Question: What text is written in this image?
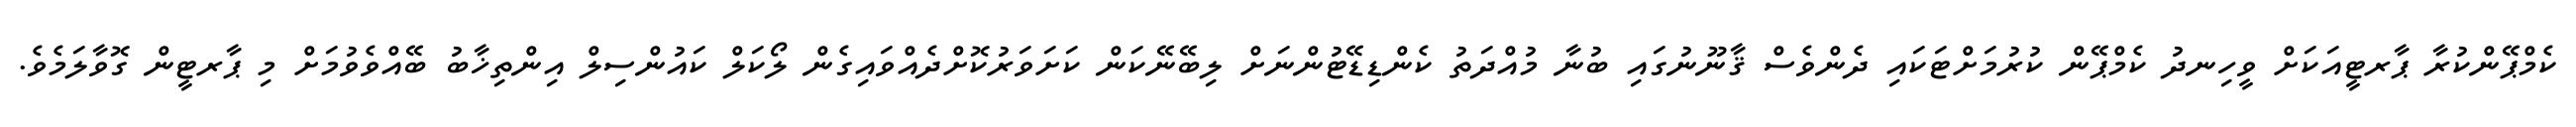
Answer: ކެމްޕޭންކުރާ ޕާރޓީއަކަށް ވީހިނދު ކެމްޕޭން ކުރުމަށްޓަކައި ދެންވެސް ޤާނޫނުގައި ބުނާ މުއްދަތު ކެންޑިޑޭޓުންނަށް ލިބޭނޭކަން ކަށަވަރުކޮށްދެއްވައިގެން ލޯކަލް ކައުންސިލް އިންތިޚާބު ބޭއްވެވުމަށް މި ޕާރޓީން ގޮވާލަމެވެ.